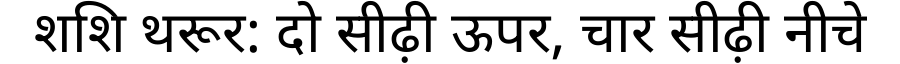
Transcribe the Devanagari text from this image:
शशि थरूर: दो सीढ़ी ऊपर, चार सीढ़ी नीचे